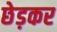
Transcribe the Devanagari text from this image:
छेड़कर